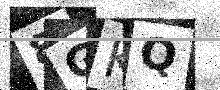
Text: 8GKQ